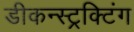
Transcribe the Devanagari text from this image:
डीकन्स्ट्रक्टिंग